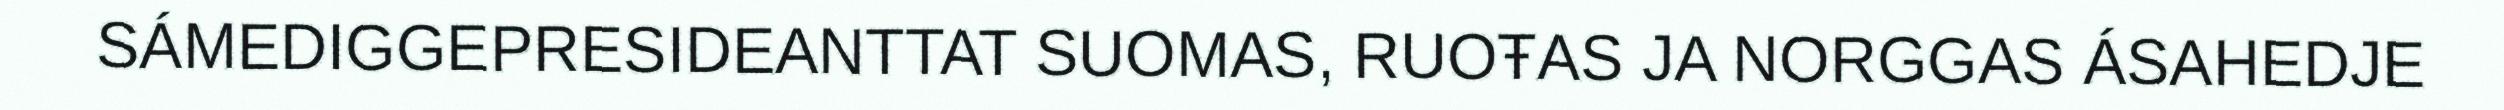
SÁMEDIGGEPRESIDEANTTAT SUOMAS, RUOŦAS JA NORGGAS ÁSAHEDJE